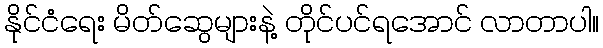
နိုင်ငံရေး မိတ်ဆွေများနဲ့ တိုင်ပင်ရအောင် လာတာပါ။